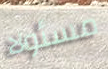
مسئولا